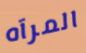
المرآه